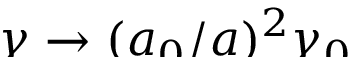
\smash { \gamma \to ( a _ { 0 } / a ) ^ { 2 } \gamma _ { 0 } }